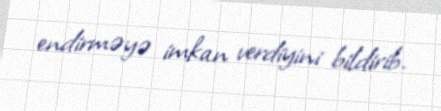
endirməyə imkan verdiyini bildirib.